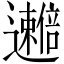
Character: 𫑒